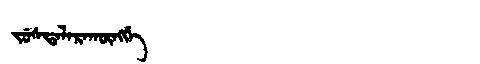
Manchu: ᠵᡠᠰᡨᠠᠯᠠᡵᠠᡴᡡᠩᡤᡝ
Romanization: JUSTALARAKŪNGGE